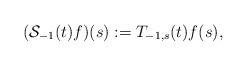
LaTeX: \begin{align*}(\mathcal{S}_{-1}(t)f)(s):=T_{-1,s}(t)f(s),\end{align*}